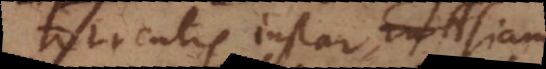
torrentis instar Asiam